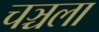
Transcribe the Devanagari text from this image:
चञ्चला